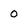
Character: o